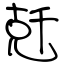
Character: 兛